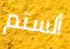
ألستم